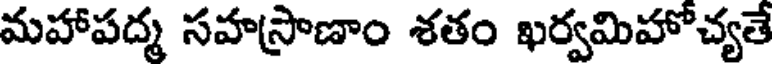
మహాపద్మ సహస్రాణాం శతం ఖర్వమిహోచ్యతే